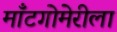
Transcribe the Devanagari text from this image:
माँटगोमेरीला